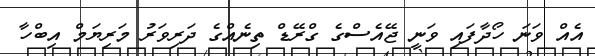
އެއް ވަނަ ހޯދާފައި ވަނީ ޖޭއެސްގެ ގްރޭޑް ތިނެއްގެ ދަރިވަރު މަރިޔަމް އިބްހާ